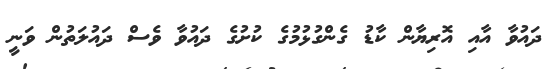
ދައުވާ އާއި އޮރިޔާން ކާޑު ގެންގުޅުމުގެ ކުށުގެ ދައުވާ ވެސް ދައުލަތުން ވަނީ